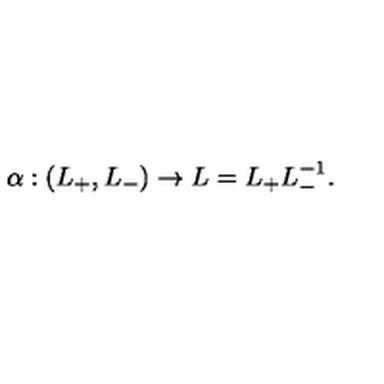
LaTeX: \alpha : ( L _ { + } , L _ { - } ) \rightarrow L = L _ { + } L _ { - } ^ { - 1 } .